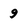
Character: 9